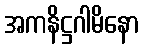
အကနိဋ္ဌဂါမိနော